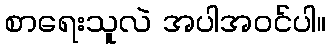
စာရေးသူလဲ အပါအဝင်ပါ။